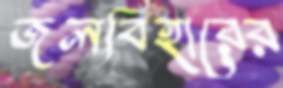
জলবিহারের